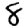
Digit: 8